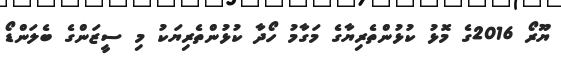
ޔޫރޯ 2016ގެ މޮޅު ކުޅުންތެރިޔާގެ މަގާމު ހޯދާ ކުޅުންތެރިޔަކު މި ސީޒަންގެ ބެލަންޑޯ